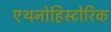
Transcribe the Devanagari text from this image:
एथनोहिस्टोरिक